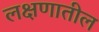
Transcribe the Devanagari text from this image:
लक्षणातील